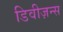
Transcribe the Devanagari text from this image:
डिवीज़न्स